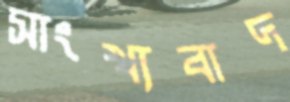
সাংখ্যবাদ